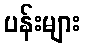
ပန်းများ